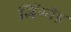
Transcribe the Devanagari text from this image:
जिंग्वेइ